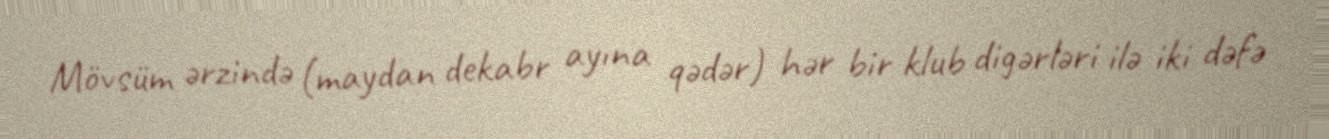
Mövsüm ərzində (maydan dekabr ayına qədər) hər bir klub digərləri ilə iki dəfə